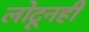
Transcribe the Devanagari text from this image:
लोटूनही